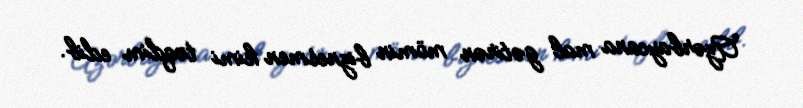
Azərbaycana mal gətirən mömin biznesmen kimi təqdim edib.